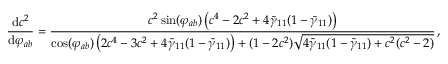
\frac { \mathrm { d } c ^ { 2 } } { \mathrm { d } \varphi _ { a b } } = \frac { c ^ { 2 } \sin ( \varphi _ { a b } ) \left( c ^ { 4 } - 2 c ^ { 2 } + 4 \tilde { \gamma } _ { 1 1 } ( 1 - \tilde { \gamma } _ { 1 1 } ) \right) } { \cos ( \varphi _ { a b } ) \left( 2 c ^ { 4 } - 3 c ^ { 2 } + 4 \tilde { \gamma } _ { 1 1 } ( 1 - \tilde { \gamma } _ { 1 1 } ) \right) + ( 1 - 2 c ^ { 2 } ) \sqrt { 4 \tilde { \gamma } _ { 1 1 } ( 1 - \tilde { \gamma } _ { 1 1 } ) + c ^ { 2 } ( c ^ { 2 } - 2 ) } } \, ,